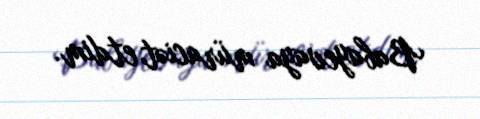
Babayevaya müraciət etdim.